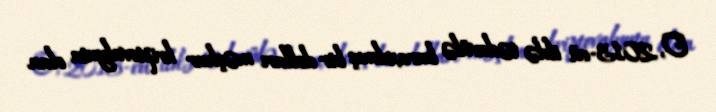
O, 2013-cü ildə tədavülə buraxılmış bir dolları məşhur kriptovalyuta olan